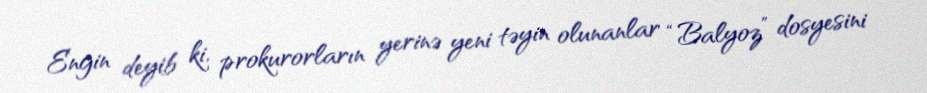
Engin deyib ki, prokurorların yerinə yeni təyin olunanlar “Balyoz” dosyesini